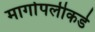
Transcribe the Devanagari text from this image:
मार्गापलीकडे